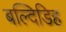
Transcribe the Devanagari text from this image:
बल्दिडिह